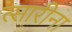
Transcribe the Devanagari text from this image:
त्सारीना